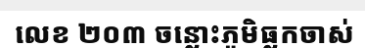
លេខ ២០៣ ចន្លោះភូមិធ្លកចាស់